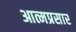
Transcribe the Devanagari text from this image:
आत्मप्रसार